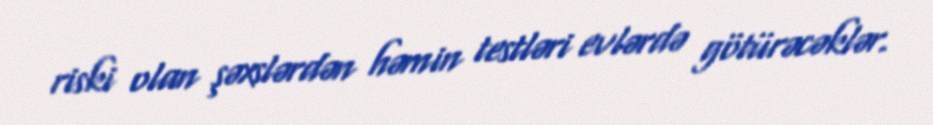
riski olan şəxslərdən həmin testləri evlərdə götürəcəklər.